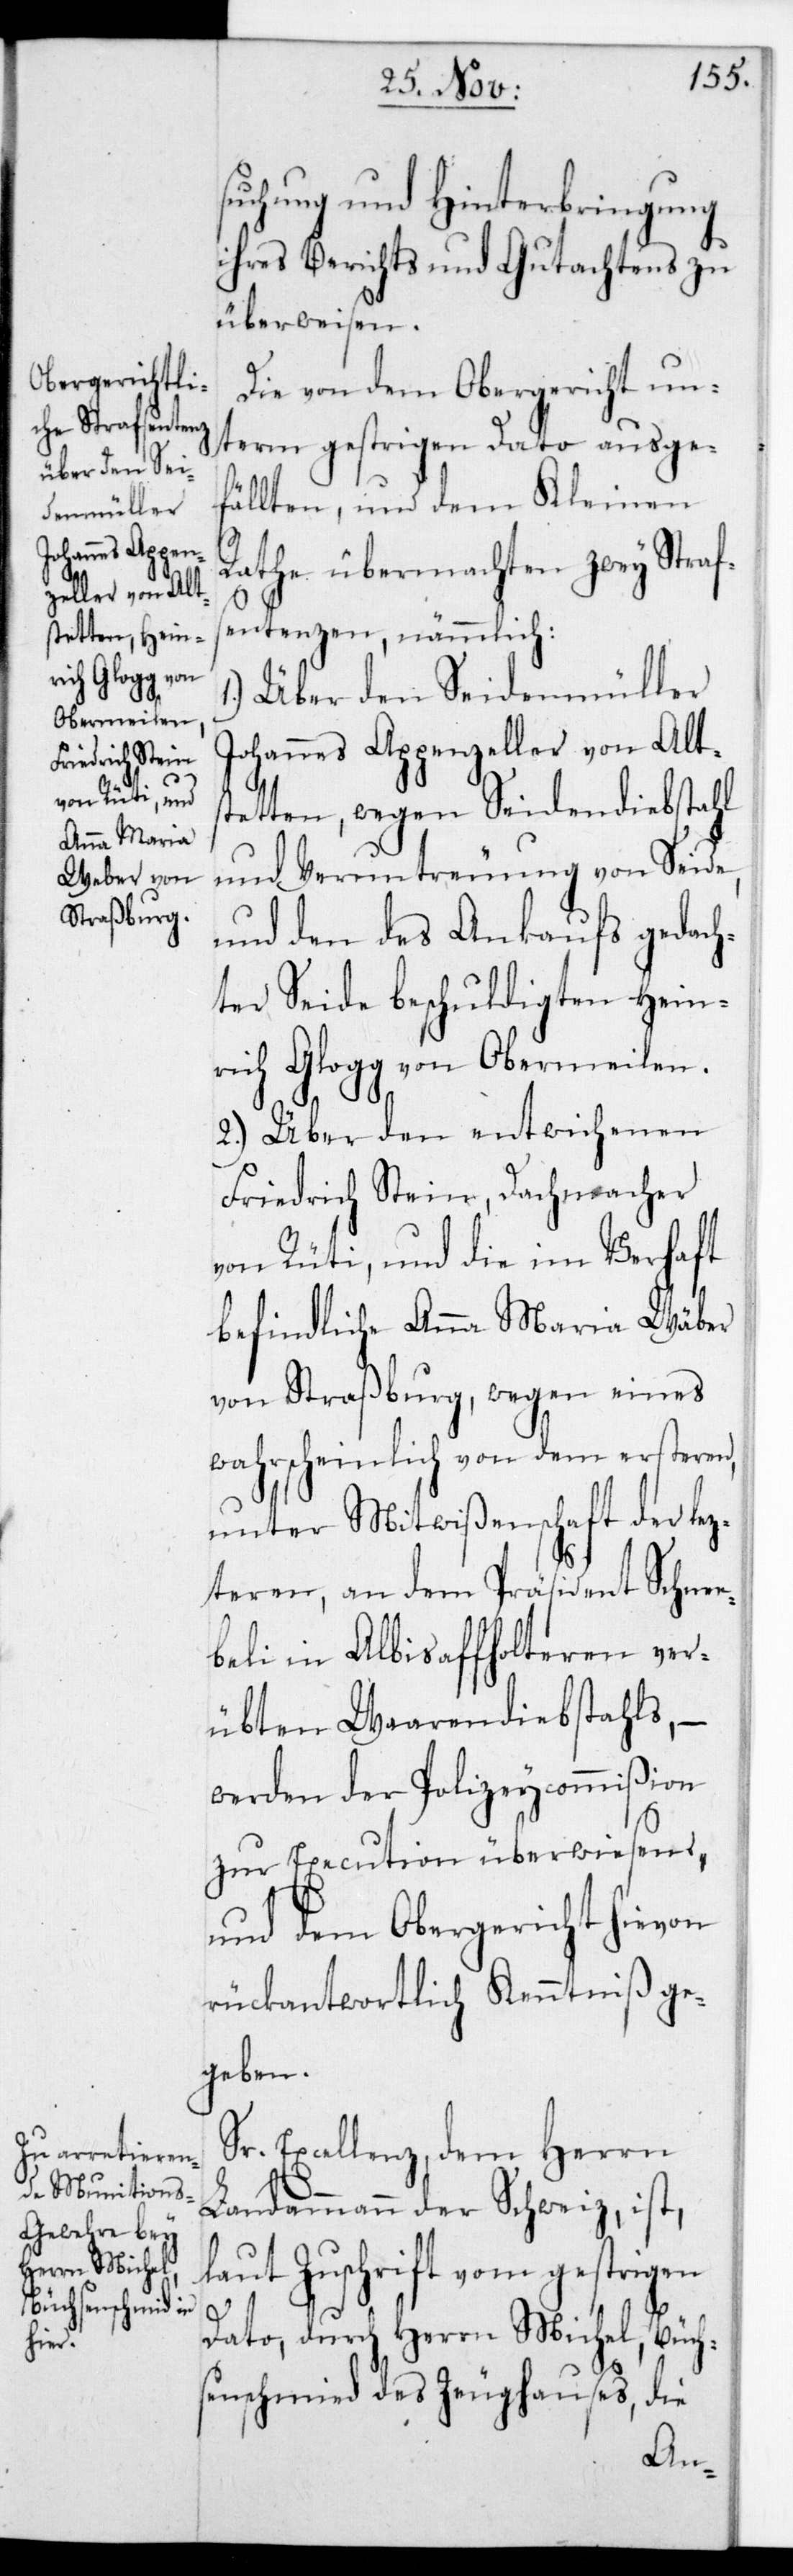
suchung und Hinterbringung
ihres Berichts und Gutachtens zu
überweisen.
Die von dem Obergericht un¬
term gestrigen Dato ausge¬
fällten, und dem Kleinen
Rathe übermachten zwey Straf¬
sentenzen, nämmlich:
Über den Seidenmüller
Johannes Appenzeller von Alts¬
tetten, wegen Seidendiebstahl
und Veruntreuung von Seide,
und den des Ankaufs gedach¬
ter Seide beschuldigten Hein¬
rich Glogg von Obermeilen.
2. Über den entwichenen
Friedrich Stein, Dachmacher
von Rüti, und die im Verhaft
befindliche Anna Maria Wäber
von Straßburg, wegen eines
wahrscheinlich von dem ersteren,
unter Mitwißenschaft der lez¬
teren, an dem Präsident Schne¬
ebeli in Albisaffoltern ver¬
übten Warendiebstahls, –
werden der Polizeycommißion
zur Execution überwiesen,
und dem Obergericht hievon
rückantwortlich Kenntniß ge¬
geben.
Sr. Excellenz dem Herrn
Landammann der Schweiz ist,
laut Zuschrift vom gestrigen
Dato, durch Herrn Michel, Büch¬
senschmied des Zeughauses,
die